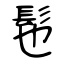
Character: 髢